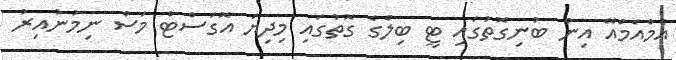
އެމްއެމްއޭ އިން ބުނިގޮތުގައި ޓީ ބިލްގެ ގޮތުގައި މިދިޔަ އޮގަސްޓް މަސް ނިމުނުއިރު